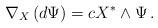
LaTeX: \begin{align*}\nabla _X\left( d\Psi \right) =cX^{*}\wedge \Psi \,.\end{align*}